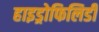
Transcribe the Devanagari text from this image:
हाइड्रोफिलिडी